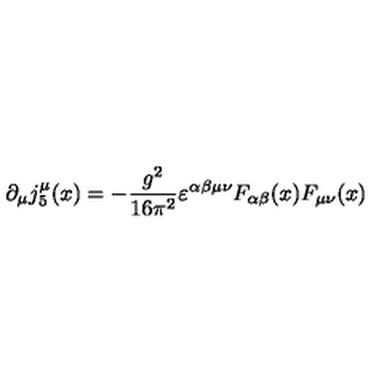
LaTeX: \partial _ { \mu } j _ { 5 } ^ { \mu } ( x ) = - \frac { g ^ { 2 } } { 1 6 \pi ^ { 2 } } \varepsilon ^ { \alpha \beta \mu \nu } F _ { \alpha \beta } ( x ) F _ { \mu \nu } ( x )